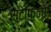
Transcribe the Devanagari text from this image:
स्टेफ़िनो